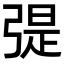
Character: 𢐂